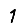
Digit: 1